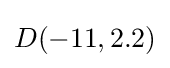
D(-11,2.2)